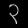
Digit: ၃